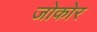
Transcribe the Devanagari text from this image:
जोकोर